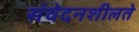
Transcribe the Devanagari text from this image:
संवेदनशीलते